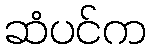
ဆံပင်က